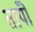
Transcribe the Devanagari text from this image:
तापोँ